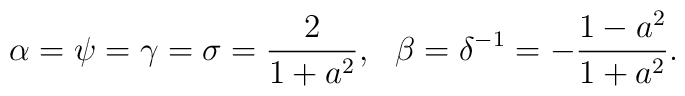
\alpha =\psi=\gamma=\sigma=\frac{2}{1+a^2}, \ \ \beta =\delta ^{-1}=-\frac{1-a^2}{1+a^2}.